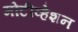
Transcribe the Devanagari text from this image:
मोटीव्हेशन